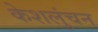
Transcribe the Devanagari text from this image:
केशलुंचन